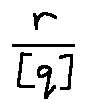
\frac { r } { [ q ] }